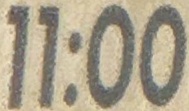
11:00